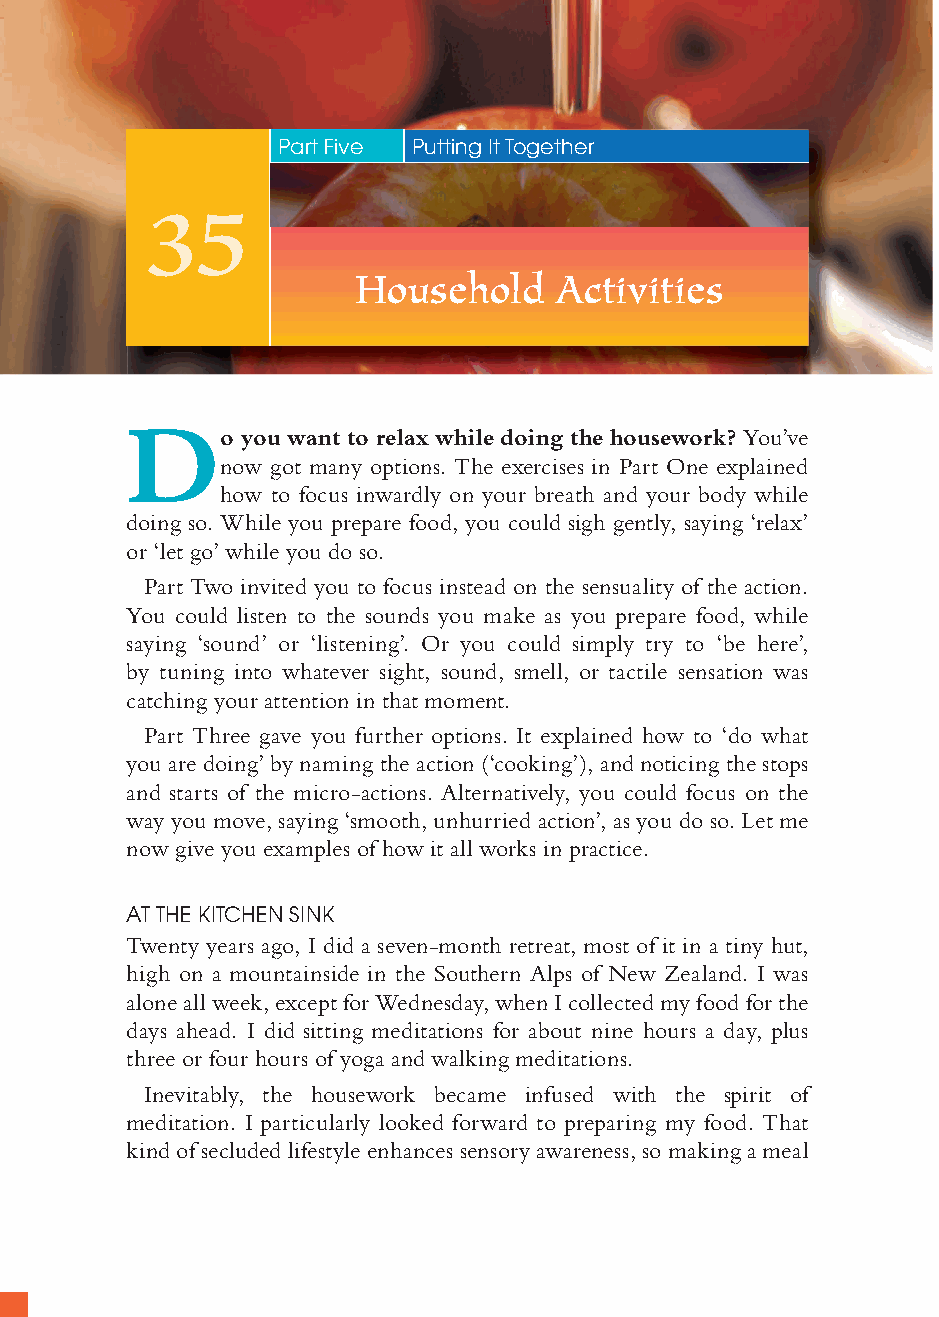
146
 Part Five Putting It Together
 35. Household Activities
 35
 Household    Activities
 D
 o you want to relax while doing the housework? You’ve
 now got many options. The exercises in Part One explained
 how to focus inwardly on your breath and your body while
 doing so. While you prepare food, you could sigh gently, saying ‘relax’
 or ‘let go’ while you do so.
 Part Two invited you to focus instead on the sensuality of the action.
 You could listen to the sounds you make as you prepare food, while
 saying ‘sound’ or ‘listening’. Or you could simply try to ‘be here’,
 by tuning into whatever sight, sound, smell, or tactile sensation was
 catching your attention in that moment.
 Part Three gave you further options. It explained how to ‘do what
 you are doing’ by naming the action (‘cooking’), and noticing the stops
 and starts of the micro-actions. Alternatively, you could focus on the
 way you move, saying ‘smooth, unhurried action’, as you do so. Let me
 now give you examples of how it all works in practice.
 AT THE KITCHEN SINK
 Twenty years ago, I did a seven-month retreat, most of it in a tiny hut,
 high on a mountainside in the Southern Alps of New Zealand. I was
 alone all week, except for Wednesday, when I collected my food for the
 days ahead. I did sitting meditations for about nine hours a day, plus
 three or four hours of yoga and walking meditations.
 Inevitably, the housework became infused with the spirit of
 meditation. I particularly looked forward to preparing my food. That
 kind of secluded lifestyle enhances sensory awareness, so making a meal
 ffiivvee__220000667788..iinndddd SSeecc11::115500   3300//55//0055 55::0055::5566 PPMM